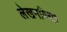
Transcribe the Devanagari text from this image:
लेखनविद्या